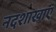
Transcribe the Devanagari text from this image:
नदशाखाएं